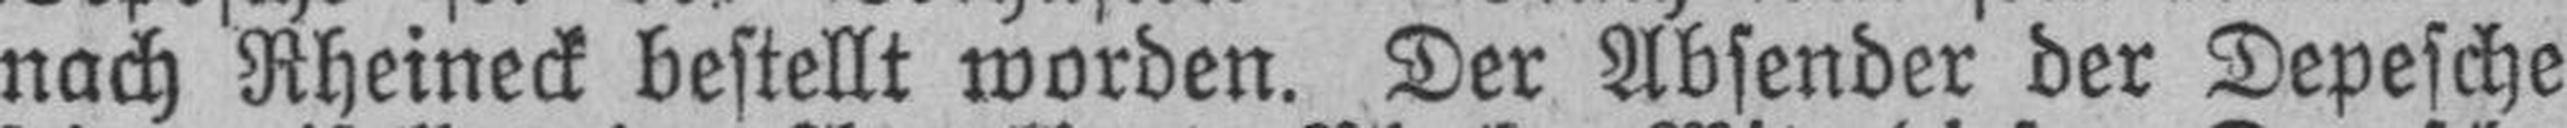
nach Rheineck bestellt worden. Der Absender der Depesche